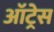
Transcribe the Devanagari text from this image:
ऑट्रेस